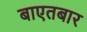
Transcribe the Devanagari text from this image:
बाएतबार